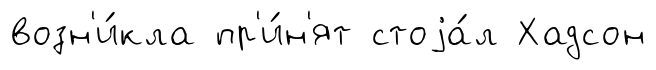
возн'и́кла пр'и́н'ят стоjа́л Хадсон